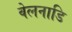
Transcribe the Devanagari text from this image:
वेलनाडि